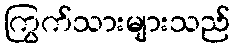
ကြွက်သားများသည်